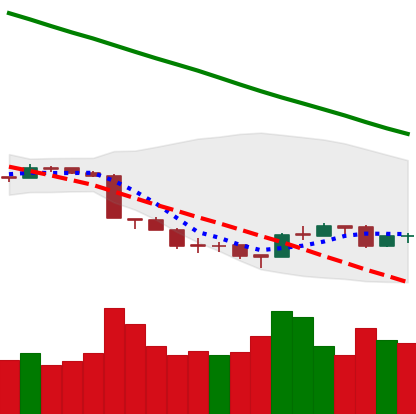
Ticker: ETH-USD
Chart end date: 2018-09-19
Forward return: 8.935%
Label: up_7plus